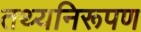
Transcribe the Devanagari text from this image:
तथ्यनिरूपण